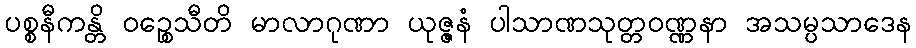
ပစ္စနီကန္တိ ဝဉ္စေသီတိ မာလာဂုဏာ ယုဇ္ဇနံ ပါသာဏသုတ္တဝဏ္ဏနာ အသမ္ပသာဒေန